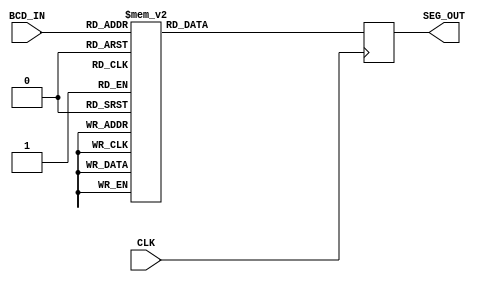
module BCD_Segment_Decoder
#(
	parameter BCD_DIGITS = 1
)
(
	// BCD Input (Packed Array)
	input      [BCD_DIGITS*4-1:0] BCD_IN,
	
	// Seven-Segment Output (Packed Array)
	output reg [BCD_DIGITS*7-1:0] SEG_OUT,
	
	// System Signals
	input CLK
);

	//
	// Initialize Output
	//
	initial
	begin
		SEG_OUT <= {BCD_DIGITS*7{1'b0}};
	end
	

	//
	// Select Segment Output using BCD index for each Digit
	//

	// !! Lab 4: Add SEG_OUT Registered Multiplexers for each BCD Digit here !!
	
	
	
	genvar i;
	generate
	begin
			for(i=0;i<BCD_DIGITS;i=i+1)
			begin : bcd_to_seg_mapping
					always @(posedge CLK)
					begin 
						
						case(BCD_IN[i*4 +: 4])
							4'b0000 : SEG_OUT[i*7 +:7] <= 7'b0111111; //0
							4'b0001 : SEG_OUT[i*7 +:7] <= 7'b0000110; //1
							4'b0010 : SEG_OUT[i*7 +:7] <= 7'b1011011; //2
							4'b0011 : SEG_OUT[i*7 +:7] <= 7'b1001111; //3
							4'b0100 : SEG_OUT[i*7 +:7] <= 7'b1100110; //4
							4'b0101 : SEG_OUT[i*7 +:7] <= 7'b1101101; //5
							4'b0110 : SEG_OUT[i*7 +:7] <= 7'b1111101; //6
							4'b0111 : SEG_OUT[i*7 +:7] <= 7'b0000111; //7
							4'b1000 : SEG_OUT[i*7 +:7] <= 7'b1111111; //8
							4'b1001 : SEG_OUT[i*7 +:7] <= 7'b1100111; //9
//							4'b1010 : SEG_OUT[i*7 +:7] <= 7'b0000000;
//							4'b1011 : SEG_OUT[i*7 +:7] <= 7'b0000000;
//							4'b1100 : SEG_OUT[i*7 +:7] <= 7'b0000000;
//							4'b1101 : SEG_OUT[i*7 +:7] <= 7'b0000000;
//							4'b1110 : SEG_OUT[i*7 +:7] <= 7'b0000000;
//							4'b1111 : SEG_OUT[i*7 +:7] <= 7'b0000000;
							default : SEG_OUT[i*7 +:7] <= 7'b0000000; //blank
						endcase
						
					end
			end
	end
	endgenerate
	
endmodule